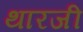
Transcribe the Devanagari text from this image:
थारजी